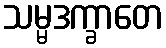
သမ္မဒက္ခာတေ